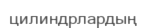
цилиндрлардың